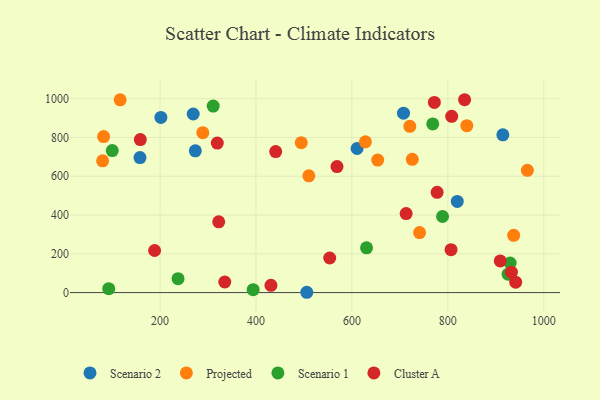
{"axis": {"x": "Ad Spend", "y": "Exam Score"}, "legend": ["Cluster A", "Projected", "Scenario 1", "Scenario 2"], "data": [{"x": "505.9", "y": 1.6, "type": "Scenario 2"}, {"x": "819.7", "y": 470.4, "type": "Scenario 2"}, {"x": "707.6", "y": 925.1, "type": "Scenario 2"}, {"x": "158.1", "y": 696.4, "type": "Scenario 2"}, {"x": "269.1", "y": 921.1, "type": "Scenario 2"}, {"x": "610.8", "y": 743.1, "type": "Scenario 2"}, {"x": "273.5", "y": 731.0, "type": "Scenario 2"}, {"x": "914.8", "y": 813.9, "type": "Scenario 2"}, {"x": "201.7", "y": 903.3, "type": "Scenario 2"}, {"x": "116.8", "y": 994.1, "type": "Projected"}, {"x": "839.6", "y": 860.8, "type": "Projected"}, {"x": "965.9", "y": 630.7, "type": "Projected"}, {"x": "937.3", "y": 295.1, "type": "Projected"}, {"x": "80.2", "y": 679.5, "type": "Projected"}, {"x": "494.4", "y": 773.2, "type": "Projected"}, {"x": "289.1", "y": 824.5, "type": "Projected"}, {"x": "725.9", "y": 687.2, "type": "Projected"}, {"x": "720.8", "y": 857.3, "type": "Projected"}, {"x": "82.2", "y": 804.6, "type": "Projected"}, {"x": "628.1", "y": 777.6, "type": "Projected"}, {"x": "510.2", "y": 602.4, "type": "Projected"}, {"x": "653.8", "y": 683.4, "type": "Projected"}, {"x": "741.1", "y": 309.6, "type": "Projected"}, {"x": "100.3", "y": 732.4, "type": "Scenario 1"}, {"x": "310.8", "y": 962.0, "type": "Scenario 1"}, {"x": "237.5", "y": 71.9, "type": "Scenario 1"}, {"x": "789.0", "y": 392.4, "type": "Scenario 1"}, {"x": "630.5", "y": 230.7, "type": "Scenario 1"}, {"x": "930.0", "y": 152.5, "type": "Scenario 1"}, {"x": "92.9", "y": 20.3, "type": "Scenario 1"}, {"x": "768.6", "y": 870.0, "type": "Scenario 1"}, {"x": "925.7", "y": 94.8, "type": "Scenario 1"}, {"x": "394.1", "y": 15.1, "type": "Scenario 1"}, {"x": "322.3", "y": 365.0, "type": "Cluster A"}, {"x": "441.1", "y": 727.3, "type": "Cluster A"}, {"x": "188.6", "y": 217.1, "type": "Cluster A"}, {"x": "431.2", "y": 37.7, "type": "Cluster A"}, {"x": "777.7", "y": 517.3, "type": "Cluster A"}, {"x": "941.5", "y": 53.9, "type": "Cluster A"}, {"x": "568.9", "y": 650.1, "type": "Cluster A"}, {"x": "932.6", "y": 105.1, "type": "Cluster A"}, {"x": "771.9", "y": 980.8, "type": "Cluster A"}, {"x": "553.7", "y": 178.3, "type": "Cluster A"}, {"x": "806.7", "y": 221.1, "type": "Cluster A"}, {"x": "158.8", "y": 789.0, "type": "Cluster A"}, {"x": "334.9", "y": 54.6, "type": "Cluster A"}, {"x": "713.1", "y": 407.5, "type": "Cluster A"}, {"x": "909.3", "y": 163.1, "type": "Cluster A"}, {"x": "835.0", "y": 994.7, "type": "Cluster A"}, {"x": "808.1", "y": 909.0, "type": "Cluster A"}, {"x": "319.3", "y": 771.0, "type": "Cluster A"}]}